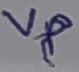
Text: Vp